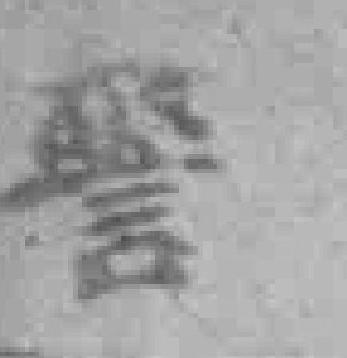
警